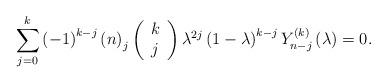
LaTeX: \begin{align*}\sum_{j=0}^{k}\left( -1\right) ^{k-j}\left( n\right) _{j}\left( \begin{array}{c}k \\ j\end{array}\right) \lambda ^{2j}\left( 1-\lambda \right) ^{k-j}Y_{n-j}^{\left( k\right)}\left( \lambda \right) =0. \end{align*}